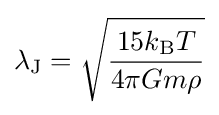
\lambda _{\rm {J}}={\sqrt {\frac {15k_{\rm {B}}T}{4\pi Gm\rho }}}